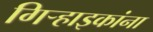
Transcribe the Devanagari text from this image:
गिर्‍हाइकांना